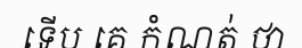
ទើប គេ កំណត់ ថា